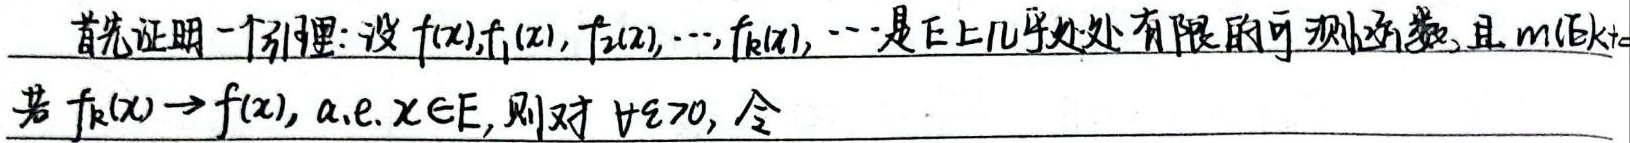
首先证明一个引理：设\(f(x),f_{1}(x), f_{2}(x),\cdots,f_{k}(x),\cdots\)是\(E\)上几乎处处有限的可测函数，且\(m(E)<+\infty\)。若\(f_{k}(x)\to f(x)\)，\(\text{a.e. }x\in E\)，则对\(\forall \varepsilon > 0\)，令